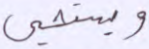
ويستحيي